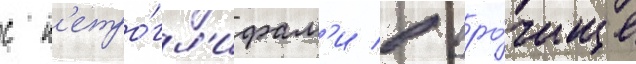
с п'етро́гл'ифам'и в уро́чище